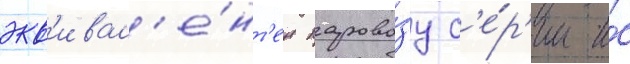
экв'ивал'е́нт'ен парово́зу с'е́р'ии и́с